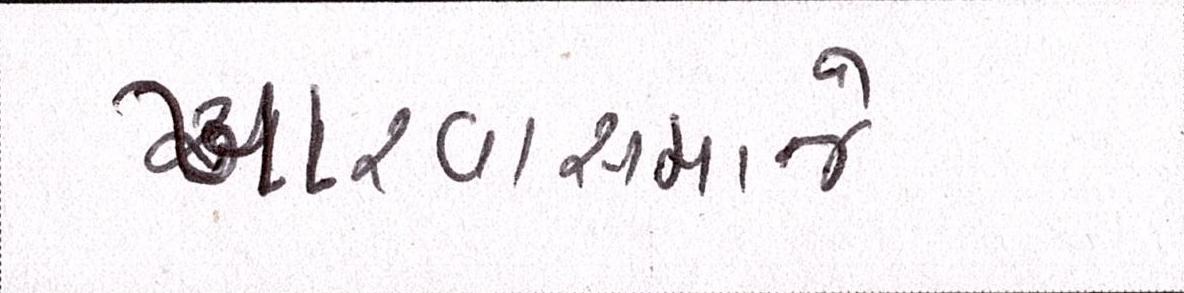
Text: ખારવાસમાજે